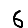
Digit: 6